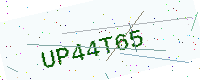
Text: UP44T65